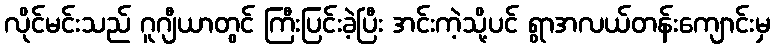
လိုင်မင်းသည် ဂူဂျီယာတွင် ကြီးပြင်းခဲ့ပြီး အင်းကဲ့သို့ပင် ရွာအလယ်တန်းကျောင်းမှ